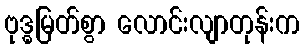
ဗုဒ္ဓမြတ်စွာ လောင်းလျာတုန်းက